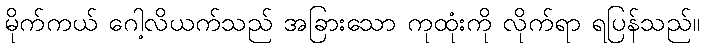
မိုက်ကယ် ဂေါ့လိယက်သည် အခြားသော ကုထုံးကို လိုက်ရာ ရပြန်သည်။